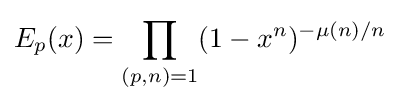
E_{p}(x)=\prod _{(p,n)=1}(1-x^{n})^{-\mu (n)/n}